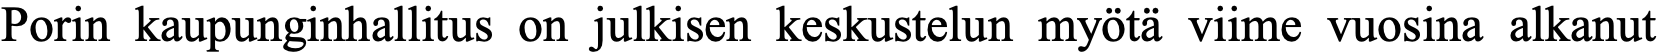
Porin kaupunginhallitus on julkisen keskustelun myötä viime vuosina alkanut